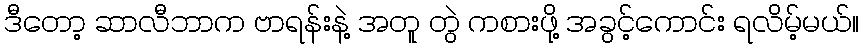
ဒီတော့ ဆာလီဘာက ဗာရန်းနဲ့ အတူ တွဲ ကစားဖို့ အခွင့်ကောင်း ရလိမ့်မယ်။